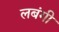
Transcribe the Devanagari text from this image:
लबंगी